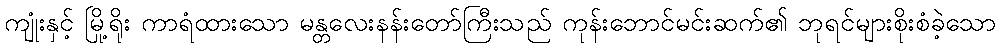
ကျုံးနှင့် မြို့ရိုး ကာရံထားသော မန္တလေးနန်းတော်ကြီးသည် ကုန်းဘောင်မင်းဆက်၏ ဘုရင်များစိုးစံခဲ့သော